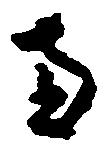
南